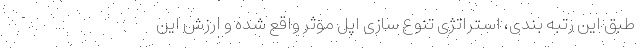
طبق این رتبه بندی، استراتژی تنوع سازی اپل موثر واقع شده و ارزش این